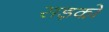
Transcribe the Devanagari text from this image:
सड़को़